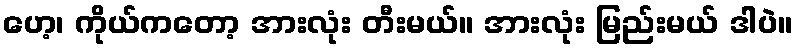
ဟေ့၊ ကိုယ်ကတော့ အားလုံး တီးမယ်။ အားလုံး မြည်းမယ် ဒါပဲ။